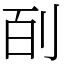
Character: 㓦